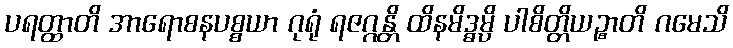
ပရတ္ထာတိ အာရောစနပစ္စယာ ဂုရုံ ရဇဂ္ဂန္တိ ထိနမိဒ္ဓမ္ပိ ပါစိတ္တိယဉ္စာတိ ဂမေသိ